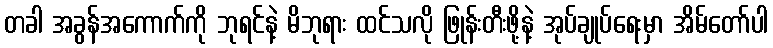
တခါ အခွန်အကောက်ကို ဘုရင်နဲ့ မိဘုရား ထင်သလို ဖြုန်းတီးဖို့နဲ့ အုပ်ချုပ်ရေးမှာ အိမ်တော်ပါ